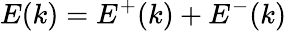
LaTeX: E(k)=E^{+}(k)+E^{-}(k)